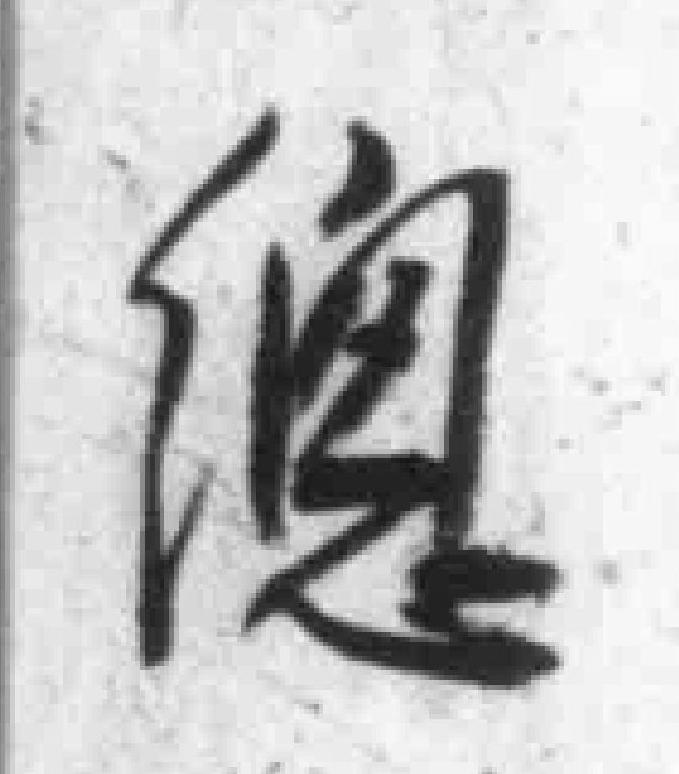
總